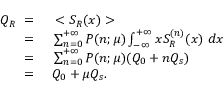
\begin{array} { r l } { Q _ { R } \ = \ } & { { } < S _ { R } ( x ) > } \\ { \ = \ } & { { } \sum _ { n = 0 } ^ { + \infty } P ( n ; \mu ) \int _ { - \infty } ^ { + \infty } x S _ { R } ^ { ( n ) } ( x ) \ d x } \\ { \ = \ } & { { } \sum _ { n = 0 } ^ { + \infty } P ( n ; \mu ) ( Q _ { 0 } + n Q _ { s } ) } \\ { \ = \ } & { { } Q _ { 0 } + \mu Q _ { s } . } \end{array}